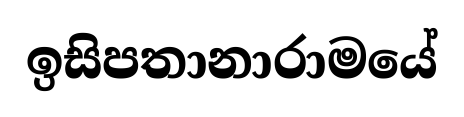
ඉසිපතානාරාමයේ